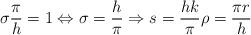
LaTeX: \begin{align*} \sigma \frac{\pi}{h} = 1 \Leftrightarrow \sigma = \frac{h}{\pi} \Rightarrow s = \frac{h k}{\pi} \rho = \frac{\pi r}{h}\end{align*}